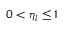
0 < \eta _ { l } \leq 1